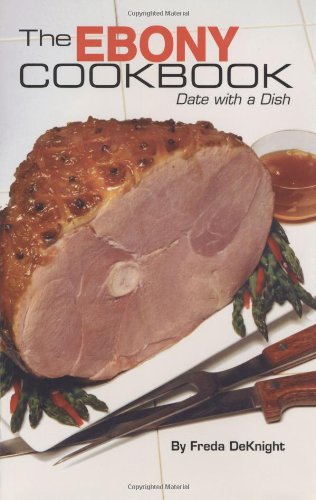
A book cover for The Ebony Cookbook: A Date with a Dish; Freda DeKnight; Cookbooks, Food & Wine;